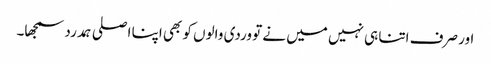
اور صرف اتنا ہی نہیں میں نے تو وردی والوں کو بھی اپنا اصلی ہمدرد سمجھا۔